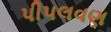
પીપલવણ